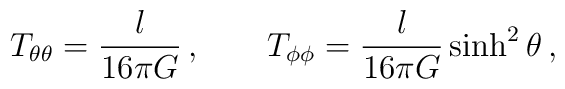
T_{\theta\theta} = \frac{l}{16\pi G}\,, \qquad T_{\phi\phi} =\frac{l}{16\pi G}\sinh^2\theta\,,